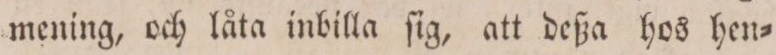
mening, och låta inbilla ſig, att deßa hos hen=